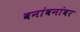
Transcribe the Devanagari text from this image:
वनांवनांवर